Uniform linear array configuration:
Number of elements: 8
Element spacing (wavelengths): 0.25
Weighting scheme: hann
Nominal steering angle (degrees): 45
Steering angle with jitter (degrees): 46.933
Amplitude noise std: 0.05
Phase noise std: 0.05

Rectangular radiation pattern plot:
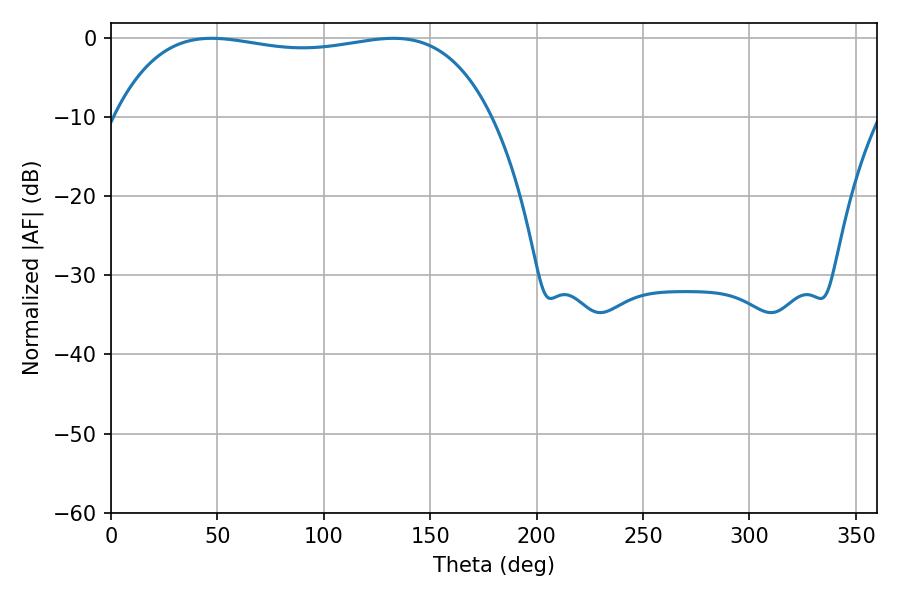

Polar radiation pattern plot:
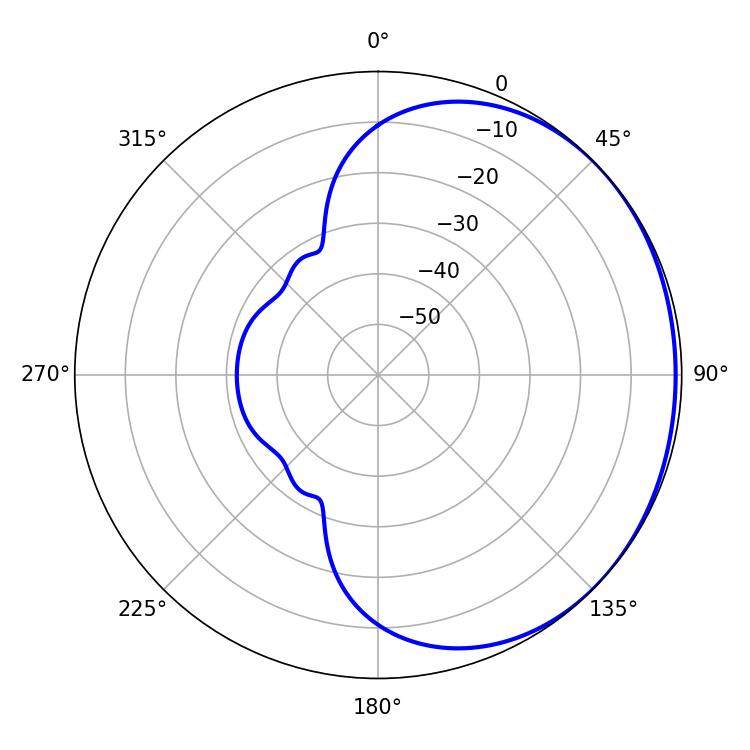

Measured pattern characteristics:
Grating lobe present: FALSE
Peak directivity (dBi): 0.8005
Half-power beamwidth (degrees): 142.2
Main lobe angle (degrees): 47.34